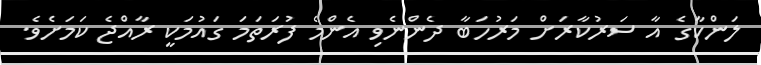
ލަންކާގެ އާ ސަރުކާރަށް މަރުހަބާ ދެންނެވި އެންމެ ފުރަތަމަ ގައުމަކީ ރާއްޖެ ކަމަށެވެ.